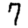
Digit: 7